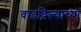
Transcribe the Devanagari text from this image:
वाढविल्याच्या